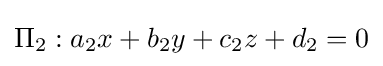
\Pi _{2}:a_{2}x+b_{2}y+c_{2}z+d_{2}=0